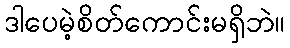
ဒါပေမဲ့စိတ်ကောင်းမရှိဘဲ။